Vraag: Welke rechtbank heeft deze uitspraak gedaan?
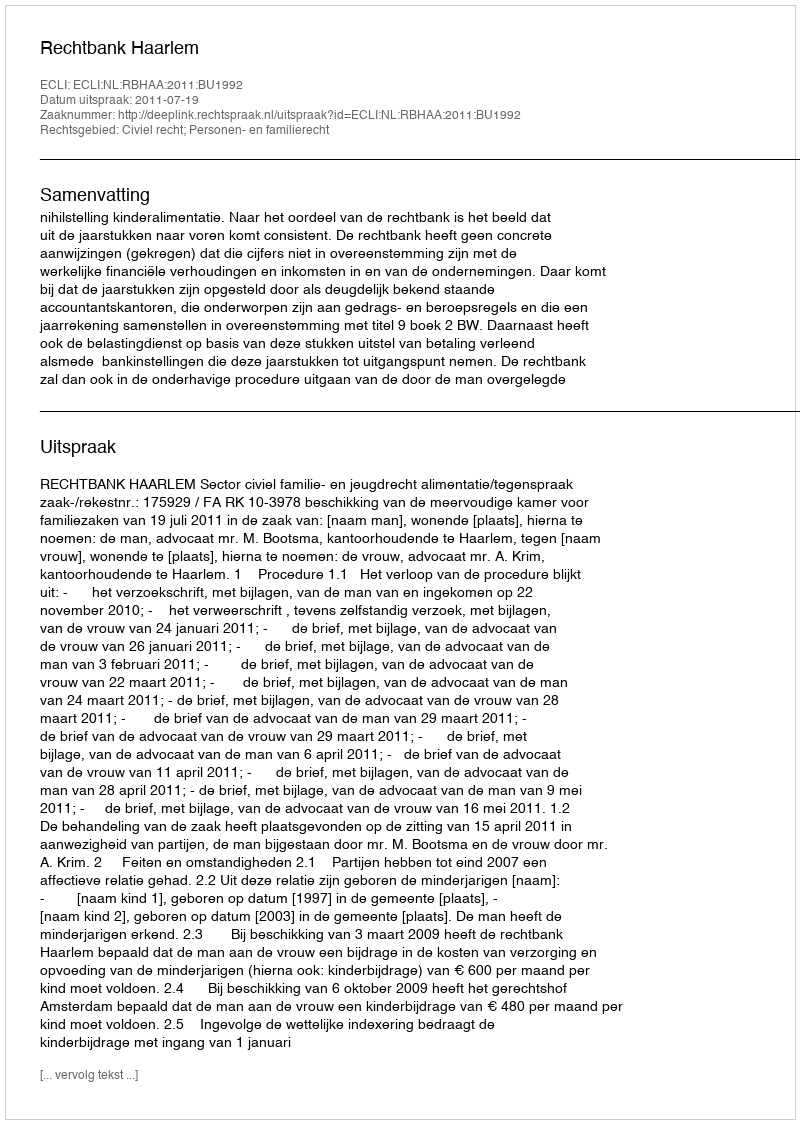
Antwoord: Rechtbank Haarlem